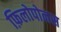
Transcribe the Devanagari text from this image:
फ़िलोपोनस